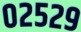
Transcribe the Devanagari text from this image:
०२५२९